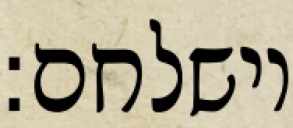
וישלחם: